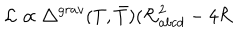
LaTeX: { \cal L } \propto { { \triangle } ^ { g r a v } } ( T , { \bar { T } } ) ( { \cal R } _ { a b c d } ^ { 2 } - 4 { \cal R }